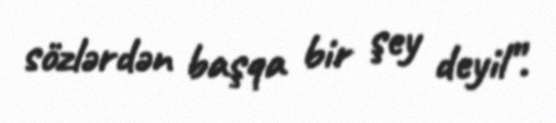
sözlərdən başqa bir şey deyil”.